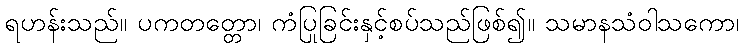
ရဟန်းသည်။ ပကတတ္တော၊ ကံပြုခြင်းနှင့်စပ်သည်ဖြစ်၍။ သမာနသံဝါသကော၊